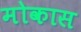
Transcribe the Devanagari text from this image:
मोकास